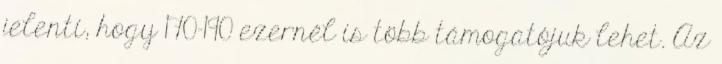
jelenti, hogy 170-190 ezernél is több támogatójuk lehet. Az